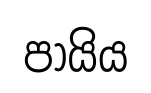
පායිය